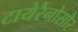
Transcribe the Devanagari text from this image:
टायेरैनोसौर